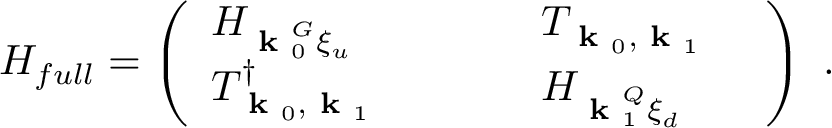
H _ { f u l l } = \left( \begin{array} { l l l l l l } { H _ { \textbf { k } _ { 0 } ^ { G } \xi _ { u } } } & { } & { } & { } & { T _ { \textbf { k } _ { 0 } , \textbf { k } _ { 1 } } } & { } \\ { T _ { \textbf { k } _ { 0 } , \textbf { k } _ { 1 } } ^ { \dagger } } & { } & { } & { } & { H _ { \textbf { k } _ { 1 } ^ { Q } \xi _ { d } } } & { } \end{array} \right) ~ .